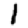
Digit: 1